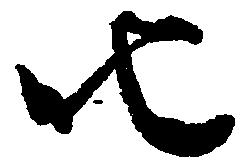
叱